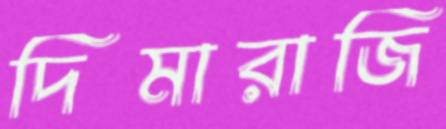
দিমারাজি